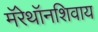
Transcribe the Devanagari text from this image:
मॅरेथॉनशिवाय